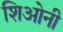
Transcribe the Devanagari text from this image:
शिओनी